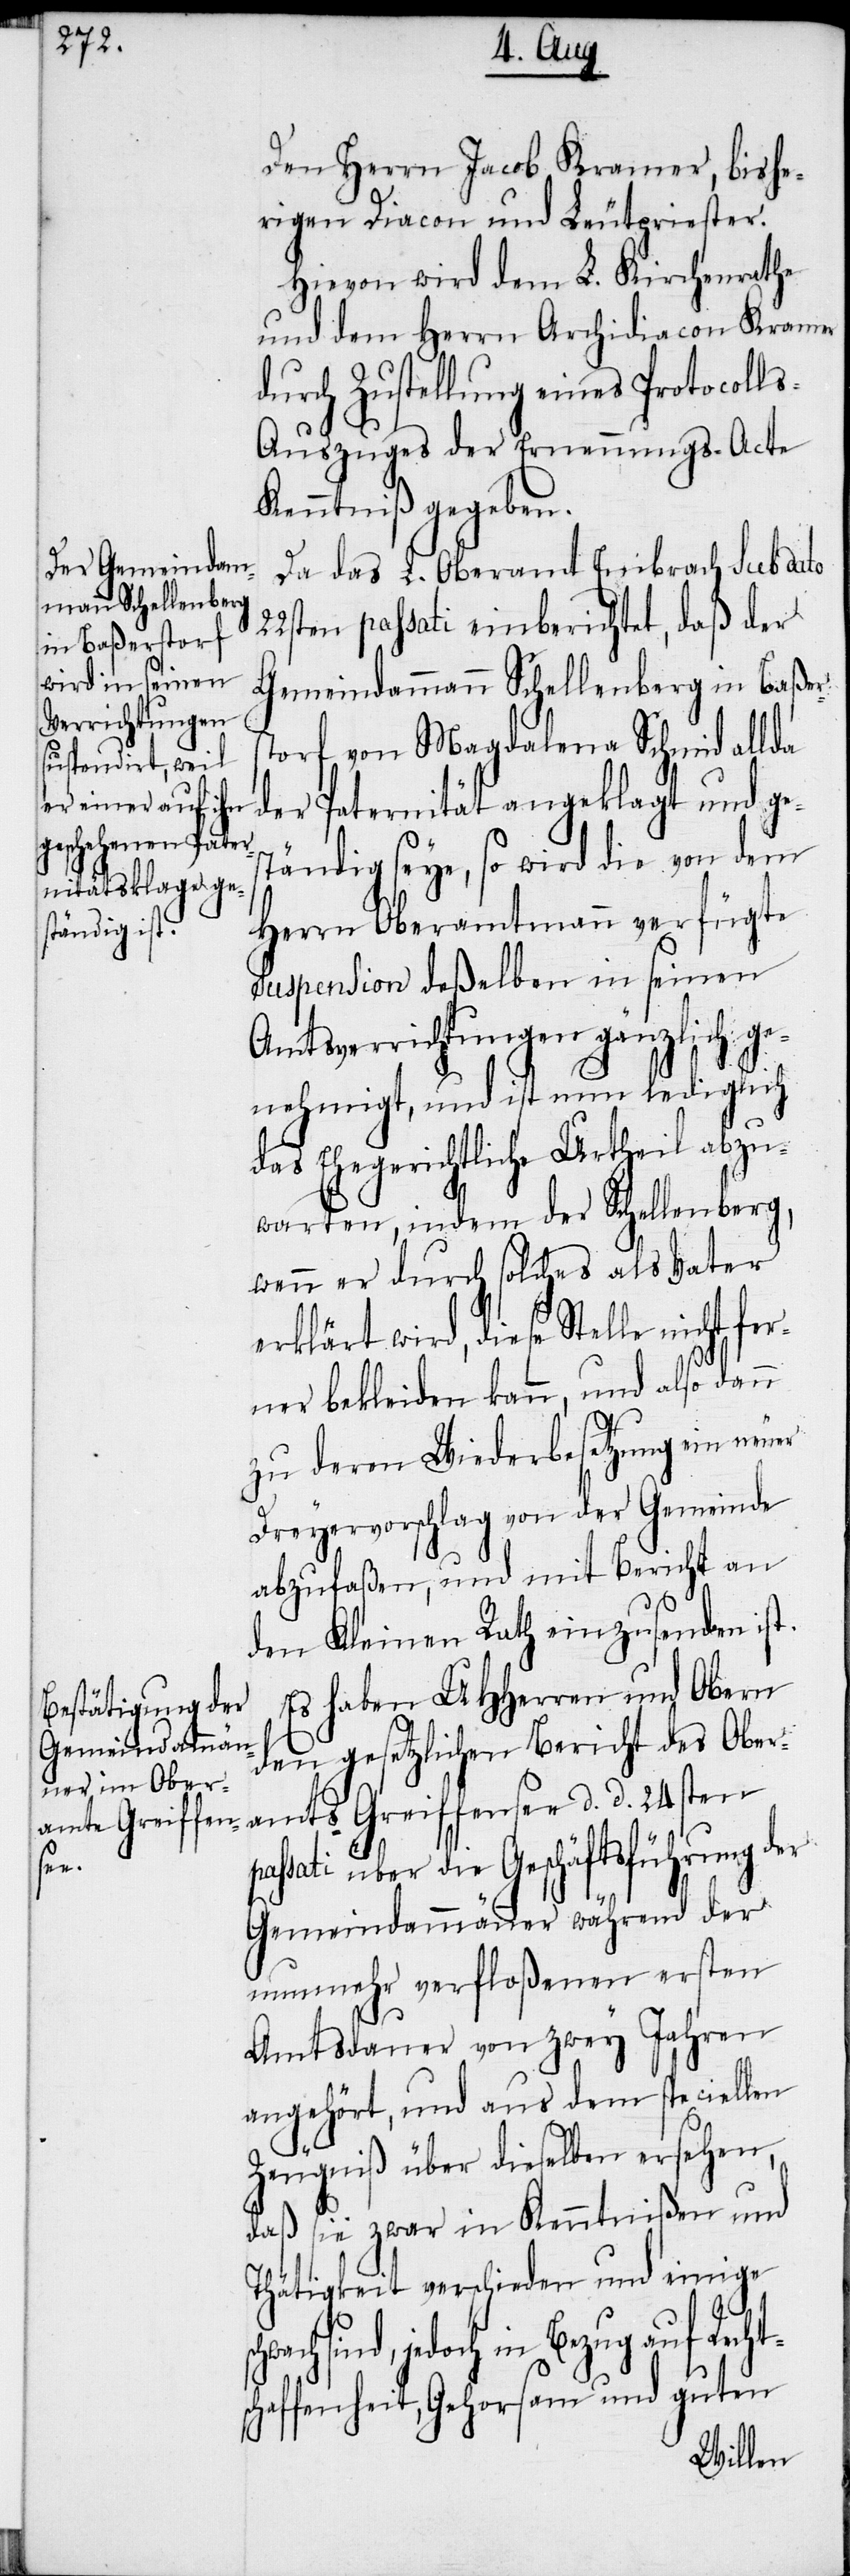
ts¬

Den Herrn Jacob Kramer, bishe¬
rigen Diacon und Leutpriester.
Hievon wird dem L. Kirchenrathe
und dem Herrn Archidiacon Kramer
durch Zustellung eines Protocoll¬
s-Auszuges der Ernennungs-Acte
Kenntniß gegeben.
Da das L. Oberamt Embrach sub dato
22sten passati einberichtet, daß der
Gemeindammann Schellenberg in Baßer¬
storf von Magdalena Schmid allda
der Paternität angeklagt und ges¬
tändig seye, so wird die von dem
Herrn Oberamtmann verfügte
Suspension deßelben in seinen
Amtsverrichtungen gänzlich ge¬
nehmigt, und ist nun lediglich
das Ehegerichtliche Urtheil abzu¬
warten, indem der Schellenberg,
wenn er durch solches als Vater
erklärt wird, diese Stelle nicht
ner bekleiden kann, und also dann
zu deren Wiederbesetzung ein neuer
Dreyervorschlag von der Gemeinde
abzufaßen, und mit Bericht an
den Kleinen Rath einzusenden ist.
Es haben UHHerren und Obern
den gesetzlichen Bericht des Ober¬
amts Greiffensee d. d. 24sten
assati über die Geschäftsführung der
Gemeindammänner während der
nunmehr verfloßenen ersten
Amtsdauer von zwey Jahren
angehört, und aus dem speciellen
Zeugniß über dieselben ersehen,
daß sie zwar in Kenntnißen und
Thätigkeit verschieden und einige
sind, jedoch in Bezug auf Rech¬
chaffenheit, Gehorsam und guten